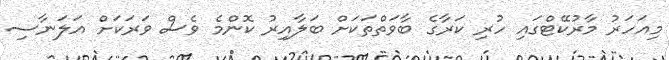
މިއަހަރު މާރުކޭޓްގައި ހުރި ކަރާގެ ބާވަތްތަކަށް ބަލާއިރު ކޮންމެ ވެސް ވަރަކަށް އަލަނާސި